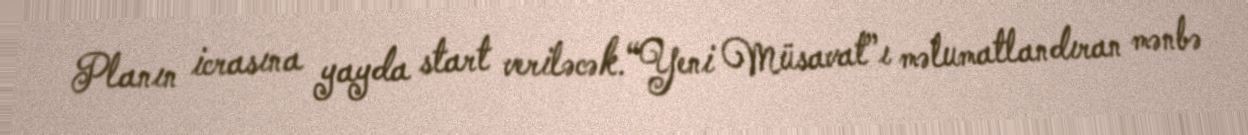
Planın icrasına yayda start veriləcək.“Yeni Müsavat”ı məlumatlandıran mənbə